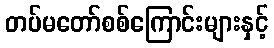
တပ်မတော်စစ်ကြောင်းများနှင့်